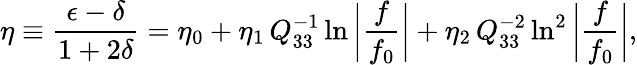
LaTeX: \eta\equiv\frac{\epsilon-\delta}{1+2\delta}=\eta_{0}+\eta_{1}\, Q_{33}^{-1}\ln{\bigg|\frac{f}{f_{0}}\bigg|}+\eta_{2}\, Q_{33}^{-2}\ln^{2}{\bigg|\frac{f}{f_{0}}\bigg|},